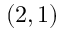
( 2 , 1 )